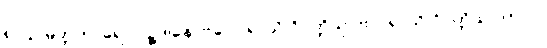
၈၂၄။ မိတ္တကာရေ လဉ္ဇဒါနေ၊ ဗလေ ရာသိ ဝိပတ္တိသု [ဗလရာသိ ဝိပတ္တိသု (က.)]။